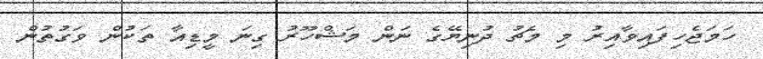
ހަމަޖެހިފައިވާއިރު މި މެޗު ދުނިޔޭގެ ނަން މަޝްހޫރު ގިނަ މީޑިއާ ތަކުން ވަގުތުން